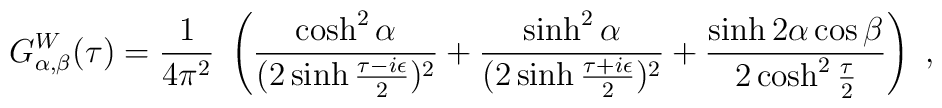
G^{W}_{\alpha,\beta}(\tau)= {1\over 4\pi^{2}}~\left( {\cosh^{2}\alpha\over (2\sinh {\tau-i\epsilon\over 2})^{2}}+{\sinh^{2}\alpha\over (2\sinh {\tau+i\epsilon\over 2})^{2}}+ {\sinh 2\alpha \cos\beta\over 2\cosh^{2}{\tau\over 2}}\right)~,